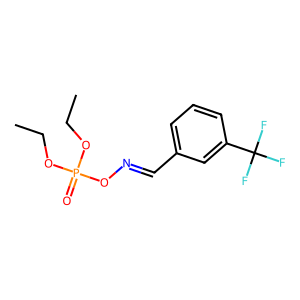
SMILES: CCOP(=O)(OCC)ON=Cc1cccc(C(F)(F)F)c1
Inhibits HIV replication: No